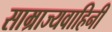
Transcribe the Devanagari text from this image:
साम्राज्यवाहिनी